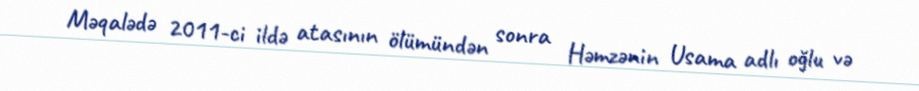
Məqalədə 2011-ci ildə atasının ölümündən sonra Həmzənin Usama adlı oğlu və